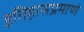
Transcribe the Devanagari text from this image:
इतिहासप्रमाणे